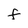
Character: F